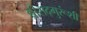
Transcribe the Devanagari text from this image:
श्रीसद्गुरूंशी